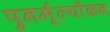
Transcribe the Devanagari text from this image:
पुनर्मूल्याँकन